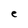
Character: e